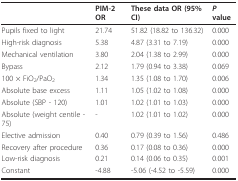
<table><thead><tr><td></td><td><b>PIM-2 OR</b></td><td><b>These data OR (95% CI)</b></td><td><b><i>P </i>value</b></td></tr></thead><tbody><tr><td>Pupils fixed to light</td><td>21.74</td><td>51.82 (18.82 to 136.32)</td><td>0.000</td></tr><tr><td>High-risk diagnosis</td><td>5.38</td><td>4.87 (3.31 to 7.19)</td><td>0.000</td></tr><tr><td>Mechanical ventilation</td><td>3.80</td><td>2.04 (1.38 to 2.99)</td><td>0.000</td></tr><tr><td>Bypass</td><td>2.12</td><td>1.79 (0.94 to 3.38)</td><td>0.069</td></tr><tr><td>100 × FiO<sub>2</sub>/PaO<sub>2</sub></td><td>1.34</td><td>1.35 (1.08 to 1.70)</td><td>0.006</td></tr><tr><td>Absolute base excess</td><td>1.11</td><td>1.05 (1.02 to 1.08)</td><td>0.000</td></tr><tr><td>Absolute (SBP - 120)</td><td>1.01</td><td>1.02 (1.01 to 1.03)</td><td>0.000</td></tr><tr><td>Absolute (weight centile - 75)</td><td>-</td><td>1.02 (1.01 to 1.02)</td><td>0.000</td></tr><tr><td>Elective admission</td><td>0.40</td><td>0.79 (0.39 to 1.56)</td><td>0.486</td></tr><tr><td>Recovery after procedure</td><td>0.36</td><td>0.17 (0.08 to 0.36)</td><td>0.000</td></tr><tr><td>Low-risk diagnosis</td><td>0.21</td><td>0.14 (0.06 to 0.35)</td><td>0.001</td></tr><tr><td>Constant</td><td>-4.88</td><td>-5.06 (-4.52 to -5.59)</td><td>0.000</td></tr></tbody></table>